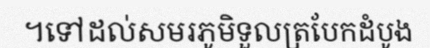
។ទៅដល់សមរភូមិទួលត្របែកដំបូង